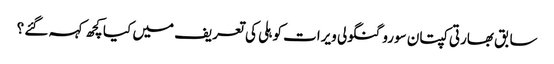
سابق بھارتی کپتان سورو گنگولی ویرات کوہلی کی تعریف میں کیا کچھ کہہ گئے ؟